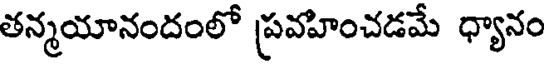
తన్మయానందంలో ప్రవహించడమే ధ్యానం